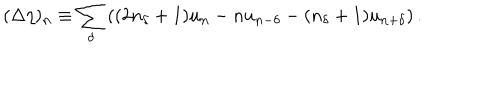
( \Delta \eta ) _ { \mathbf { n } } \equiv \sum _ { \delta } \left( ( 2 n _ { \delta } + 1 ) u _ { \mathbf { n } } - n u _ { \mathbf { n } - \delta } - ( n _ { \delta } + 1 ) u _ { \mathbf { n } + \delta } \right) .